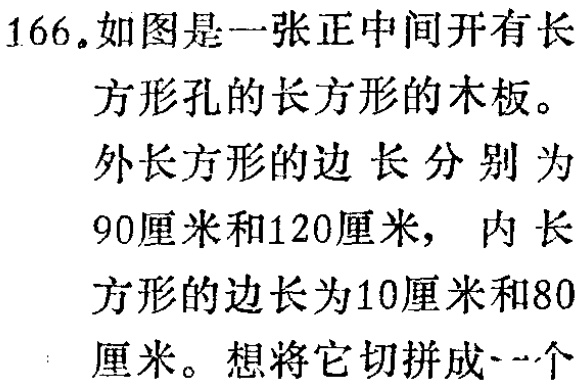
166.如图是一张正中间开有长

方形孔的长方形的木板。

外长方形的边长分别为

90厘米和120厘米，内长

方形的边长为10厘米和80

厘米。想将它切拼成一个